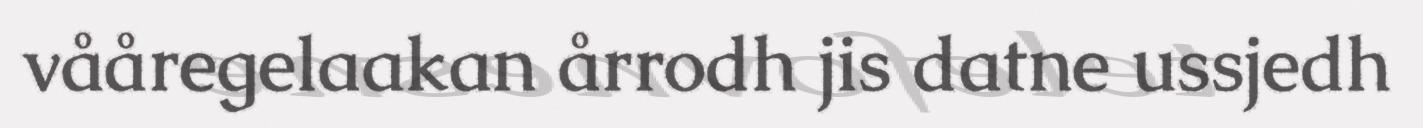
vååregelaakan årrodh jis datne ussjedh